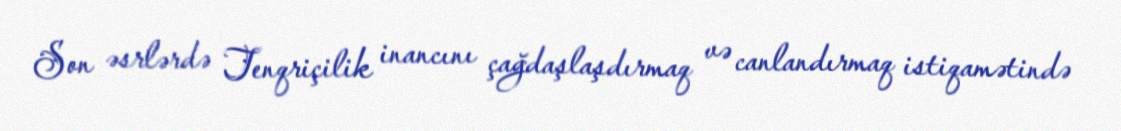
Son əsrlərdə Tenqriçilik inancını çağdaşlaşdırmaq və canlandırmaq istiqamətində